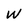
Character: W